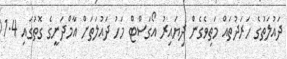
ދައުލަތުގެ ހަރަދުތައް މަތިވެގެން ދިޔައިރު އޯގަސްޓް މަހު ދައުލަތަށް އާމްދަނީގެ ގޮތުގައި 1.4